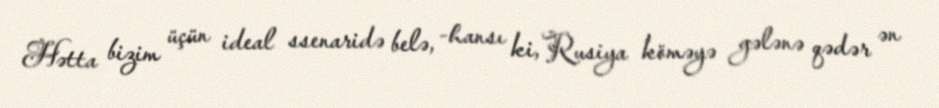
Hətta bizim üçün ideal ssenaridə belə, -hansı ki, Rusiya köməyə gələnə qədər ən